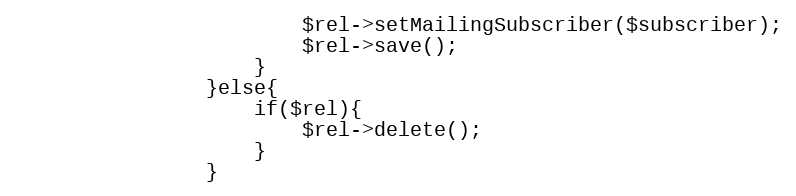
Language: PHP
                        $rel->setMailingSubscriber($subscriber);
                        $rel->save();
                    }
                }else{
                    if($rel){
                        $rel->delete();
                    }
                }